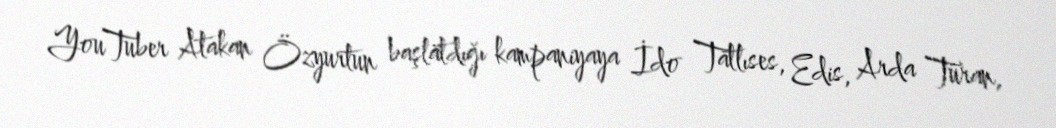
YouTuber Atakan Özyurtun başlatdığı kampaniyaya İdo Tatlıses, Edis, Arda Turan,